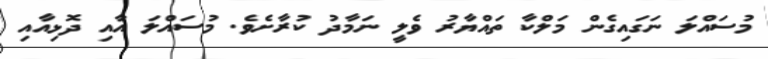
މުސައްލަ ނަގައިގެން މަލްކާ ތައްޔާރު ވެލީ ނަމާދު ކުރާށެވެ. މުސައްލަ އާއި ދޮޅިއާއި